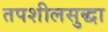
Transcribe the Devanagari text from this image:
तपशीलसुद्धा